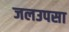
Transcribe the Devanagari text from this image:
जलउपसा